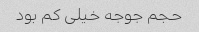
حجم جوجه خیلی کم بود